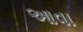
આવા